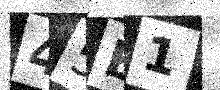
Text: 45E1